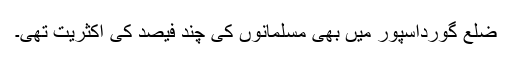
ضلع گورداسپور میں بھی مسلمانوں کی چند فیصد کی اکثریت تھی۔